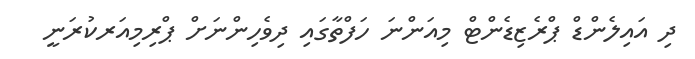
ދި އައިލެންޑް ޕްރެޒިޑެންޓް މިއަންނަ ހަފްތާގައި ދިވެހިންނަށް ޕްރިމިއަރކުރަނީ